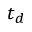
t _ { d }